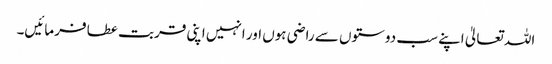
اللہ تعالیٰ اپنے سب دوستوں سے راضی ہوں اور انہیں اپنی قربت عطا فرمائیں۔